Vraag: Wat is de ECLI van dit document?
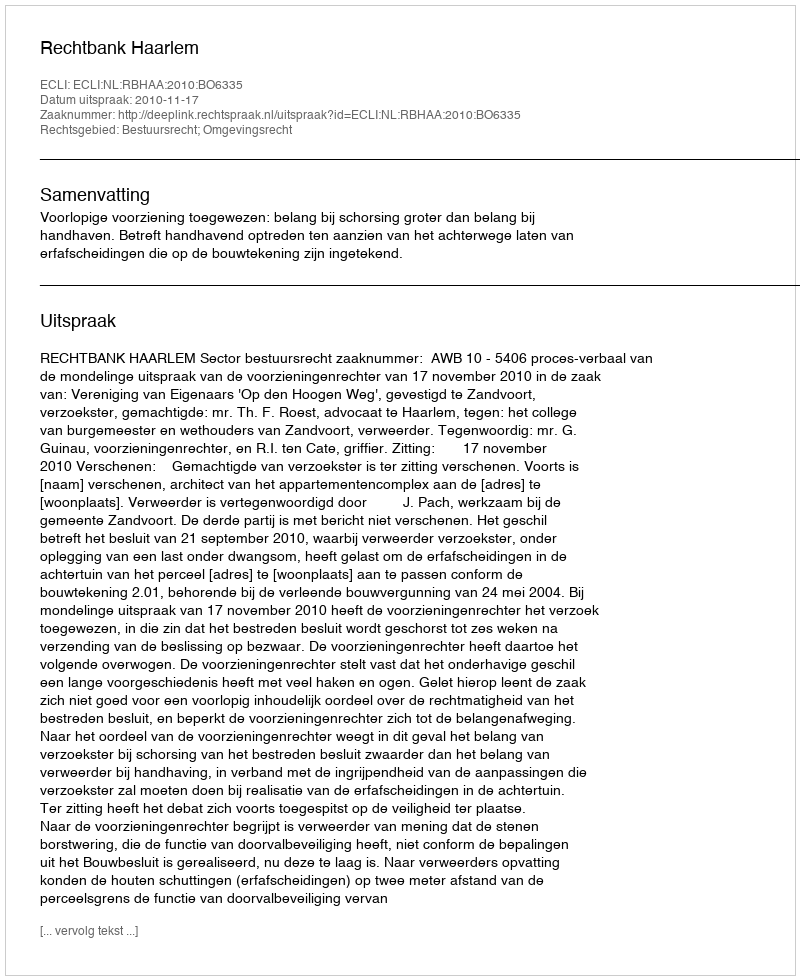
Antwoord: ECLI:NL:RBHAA:2010:BO6335